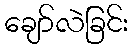
ချော်လဲခြင်း